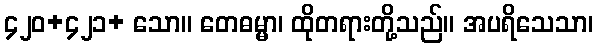
၄၂၀+၄၂၁+ သော။ တေဓမ္မာ၊ ထိုတရားတို့သည်။ အပရိသေသာ၊